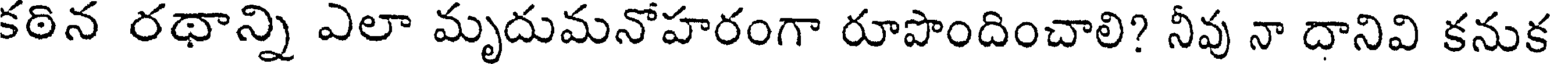
కఠిన రథాన్ని ఎలా మృదుమనోహరంగా రూపొందించాలి? నీవు నా దానివి కనుక